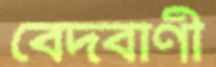
বেদবাণী